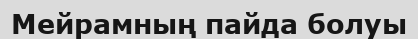
Мейрамның пайда болуы